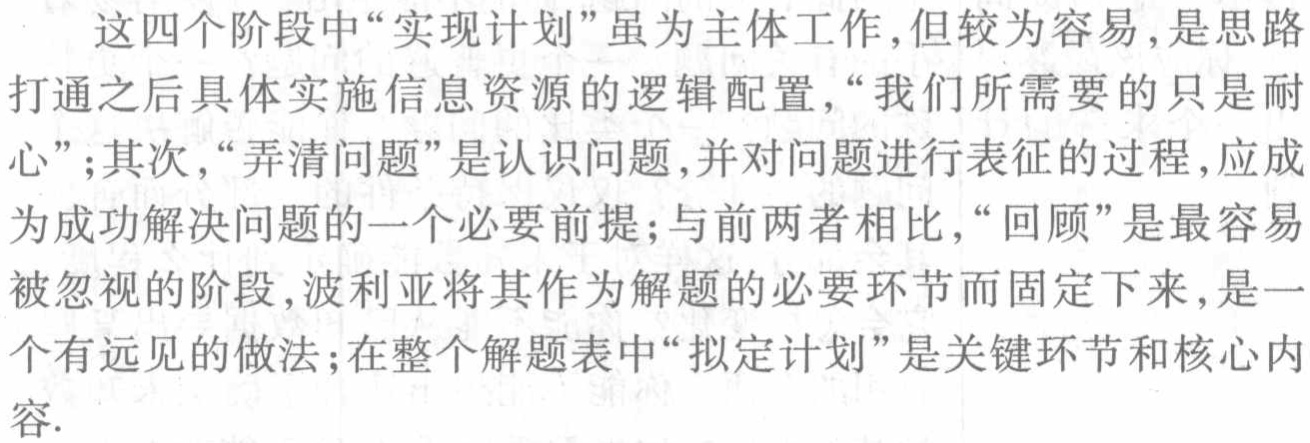
这四个阶段中“实现计划”虽为主体工作,但较为容易,是思路
打通之后具体实施信息资源的逻辑配置,“我们所需要的只是耐
心”;其次,“弄清问题”是认识问题,并对问题进行表征的过程,应成
为成功解决问题的一个必要前提;与前两者相比,“回顾”是最容易
被忽视的阶段,波利亚将其作为解题的必要环节而固定下来,是一
个有远见的做法;在整个解题表中“拟定计划”是关键环节和核心内
容.